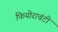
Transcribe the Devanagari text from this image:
फियोरावंटी